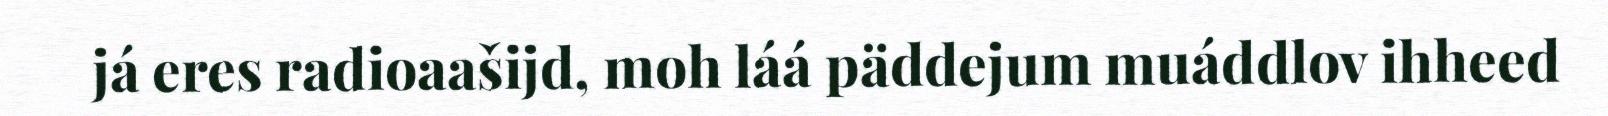
já eres radioaašijd, moh láá päddejum muáddlov ihheed